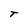
Character: T